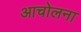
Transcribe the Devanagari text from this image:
आचोलना